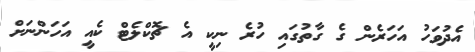
އެދުވަހު އަހަރެން ގެ ގާތުގައި ހުރެ ނިކީ އެ ޗޮކްލެޓް ކެއީ އަހަންނަށް